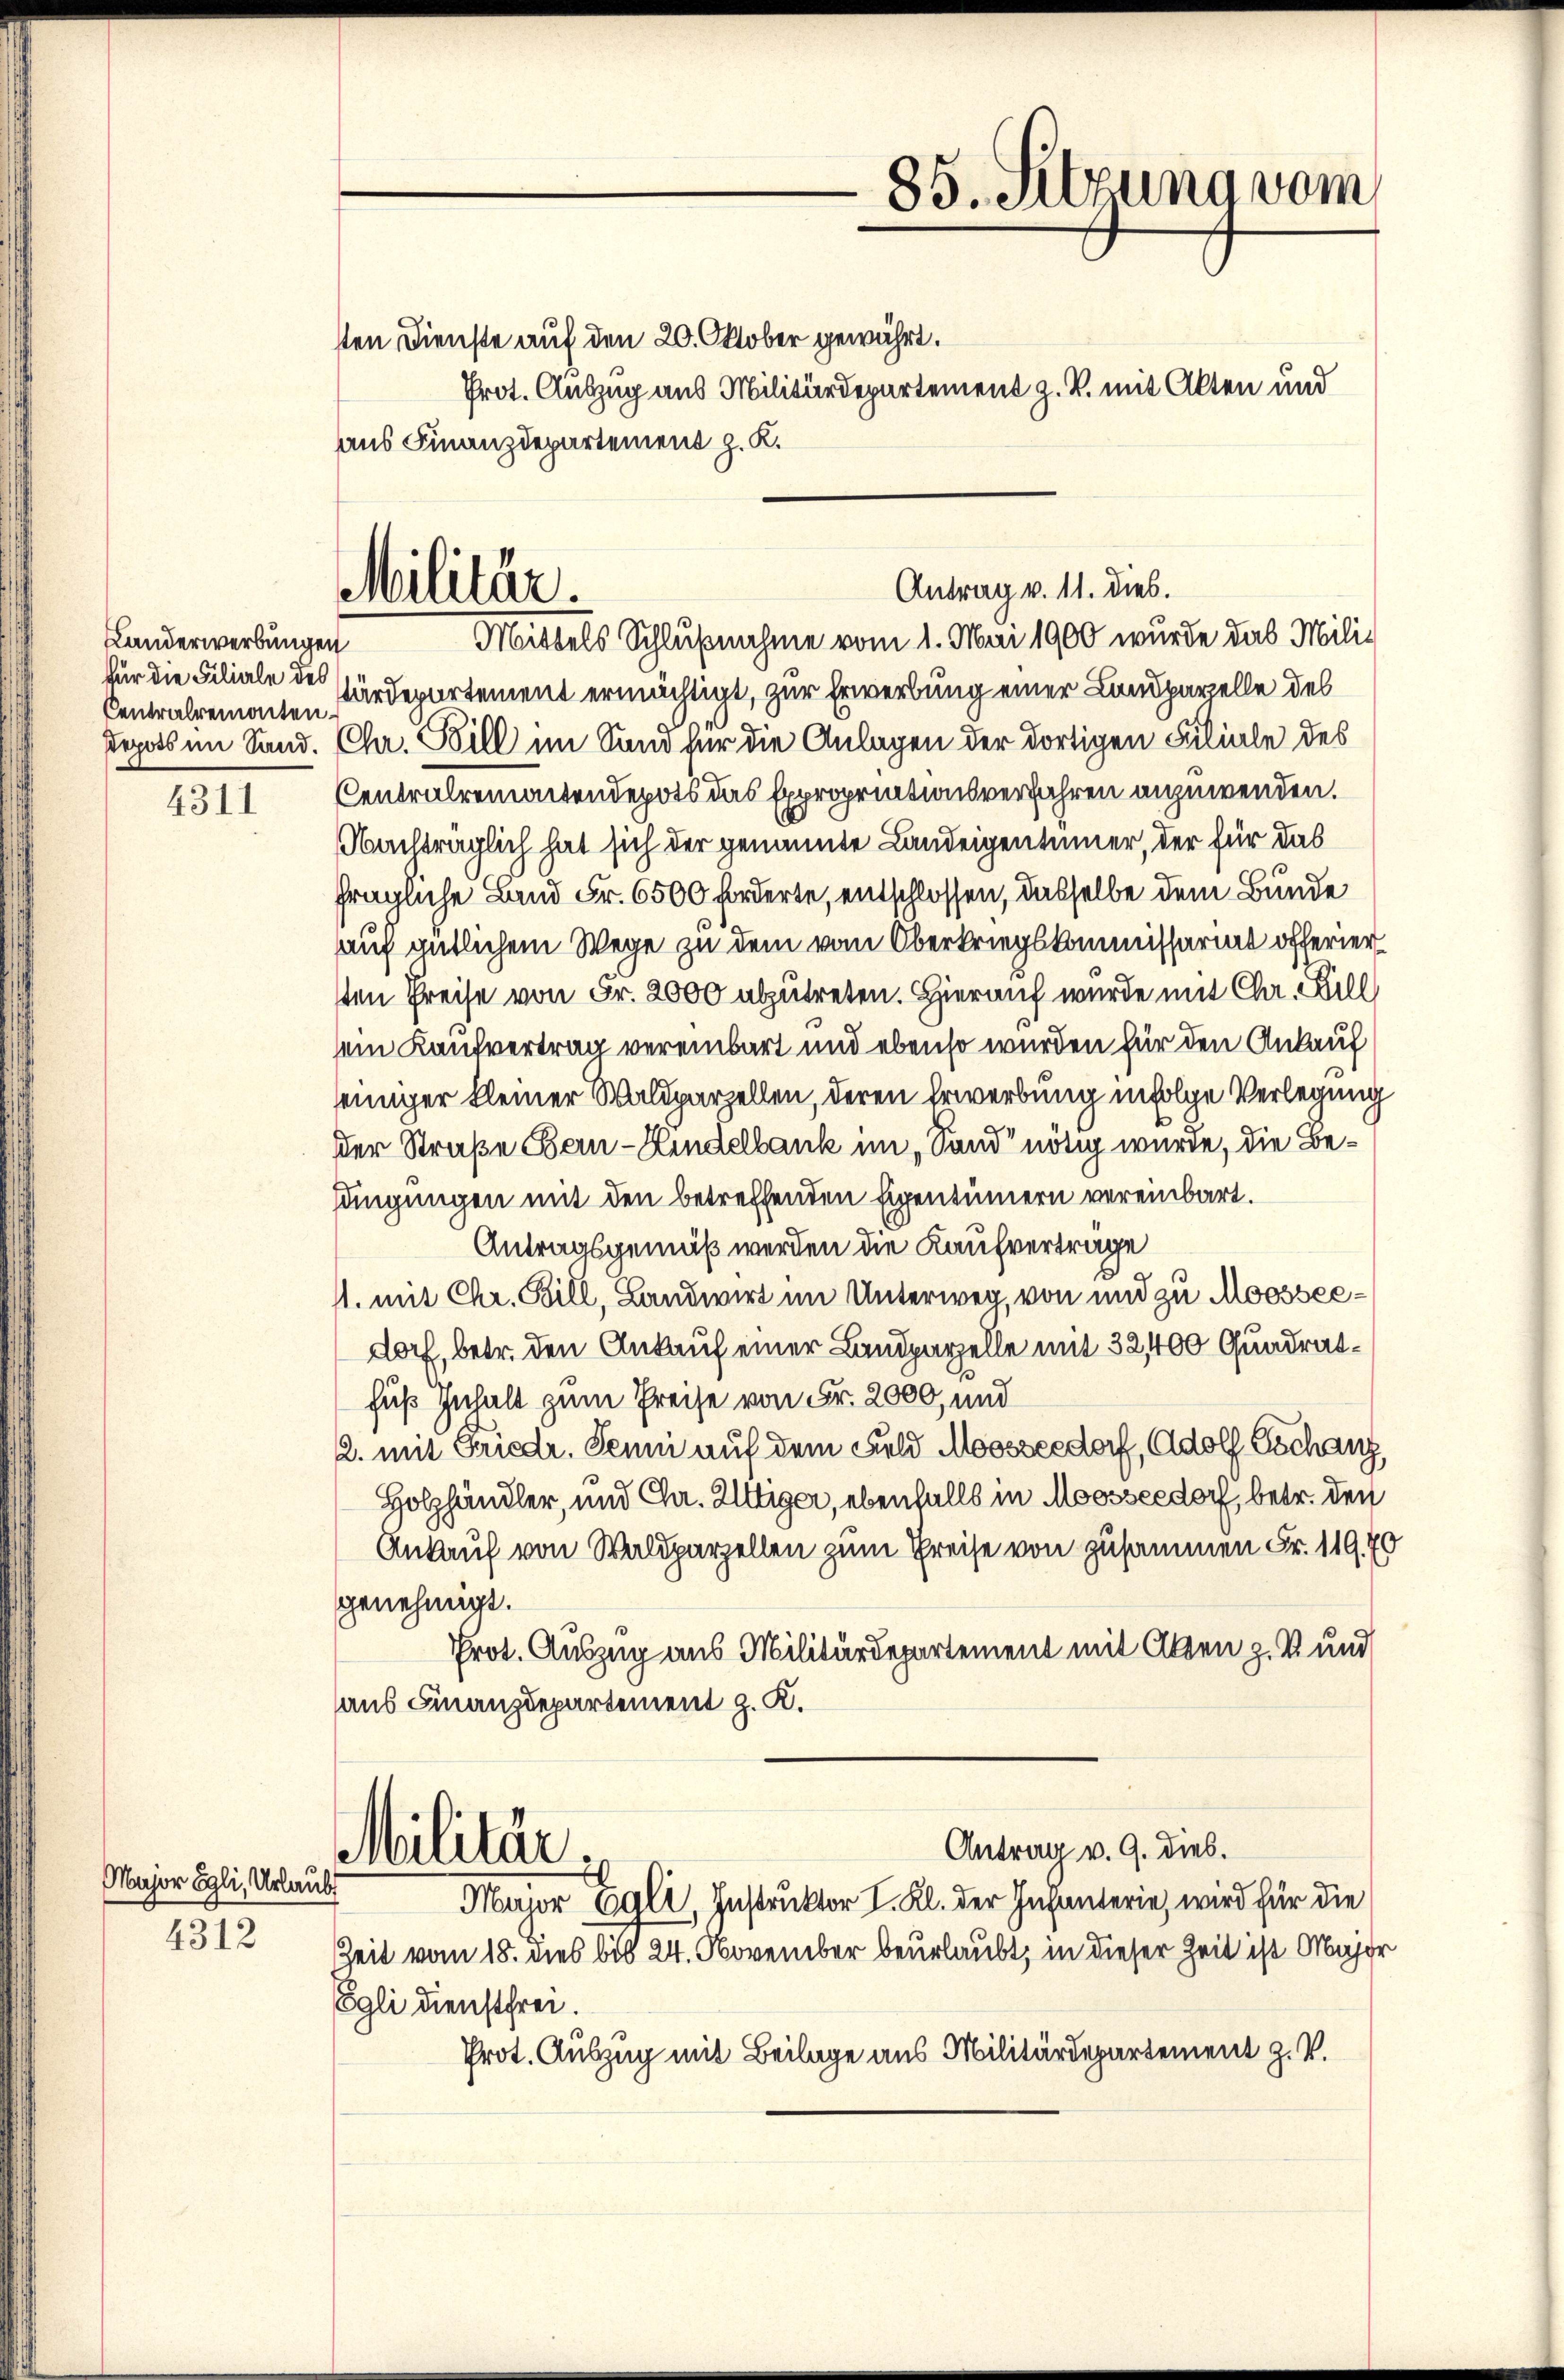
4311

Major Egli, Urlaubt

4312

Landerwerbungen
Centralremonten

sten Dienste auf den 20. Oktober gewährt.
Prot. Auszug aus Militärdepartement z. B. mit Alten und
aus Finanzdepartement z. K.

Militär.

85. Setzung vom

Antrag v. 11. Dieb.

Mittels Schlußnahme vom 1. Mai 1900 wurde das Milifür die Filiale der Härdepartement ermächtigt, zur Erwerbung einer Landparzelle des
Pepots im Sand. Chr. Bill im Sand für die Anlagen der dortigen Filiale des
Centralremontendepots das Expropriationsverfahren anzuwenden.
Nachträglich hat sich der genannte Landeigentümer, der für das
fragliche Land Fr. 6500 forderte, entschlossen, dasselbe dem Bunde
auf gütlichem Wege zu dem vom Oberkriegskommissariat offerier
sten Preise von Fr. 2000 abzutreten. Hierauf wurde mit Chr. Fill
ein Kaufvertrag vereinbart und ebenso wurden für den Ankauf
einiger kleiner Waldparzellen, deren Erwerbung infolge Verlegung
Der Straße Bern-Kindelbank im „Sand nötig wurde, die Behängungen mit den betreffenden Eigentümern vereinbart.
Antragsgemäß werden die Kaufverträge
1. mit Chr. Bill, Landwirt im Unterweg, von und zu Moossecdorf, betr. den Ankauf einer Landparzelle mit 32,400 Quadratfuß Inhalt zum Preise von Fr. 2000, und
2. mit Friedr. Jenni auf dem Feld Moossesdorf, Adolf Gschanz
Holzhändler, und Chr. Uttiger, ebenfalls in Moosseedorf, betr. den
Ankauf von Waldparzellen zum Preise von zusammen Fr. 119
genehmigt.
Prot. Auszug aus Militärdepartement mit Alten z. B. und
aus Finanzdepartement z. K.
Antrag v. 9. dies.
Militär.
Major Egli, Instruktor I. Kl. der Infanterie, wird für die
Zeit vom 18. dies bis 24. November beurlaubt, in dieser Zeit ist Maje
Egli dienstfrei.
Prot. Auszug mit Beilage aus Militärdepartement z. V.